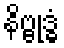
နိဗ္ဗုဒ္ဓံ